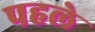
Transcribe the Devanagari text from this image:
पहले